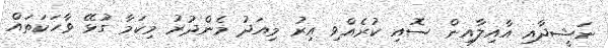
ނަޝީދާއި އާއިލާއިން ސޮއި ކުރެއްވި އިރު މިއަދު މެންދުރު މިކަމާ ގުޅޭ ވާހަކަތައް